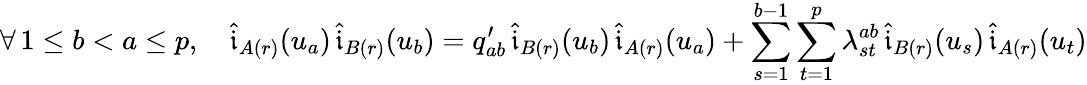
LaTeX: \forall\, 1\leq b<a\leq p,\quad\widehat{\mathfrak{i}}_{A(r)}(u_{a})\, \widehat{\mathfrak{i}}_{B(r)}(u_{b})=q_{ab}^{\prime}\, \widehat{\mathfrak{i}}_{B(r)}(u_{b})\, \widehat{\mathfrak{i}}_{A(r)}(u_{a})+\sum_{s=1}^{b-1}\sum_{t=1}^{p}\lambda_{st}^{ab}\, \widehat{\mathfrak{i}}_{B(r)}(u_{s})\, \widehat{\mathfrak{i}}_{A(r)}(u_{t})